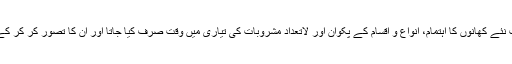
اس اشتہا کو مٹانے کے لیے نت نئے کھانوں کا اہتمام، انواع و اقسام کے پکوان اور لاتعداد مشروبات کی تیاری میں وقت صرف کیا جاتا اور ان کا تصور کر کر کے روزے کا وقت کاٹا جاتا ہے ۔